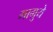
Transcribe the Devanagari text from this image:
मागुये